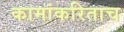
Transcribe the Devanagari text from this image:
कामांकरिताच